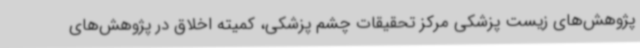
پژوهش‌های زیست پزشکی مرکز تحقیقات چشم پزشکی، کمیته اخلاق در پژوهش‌های